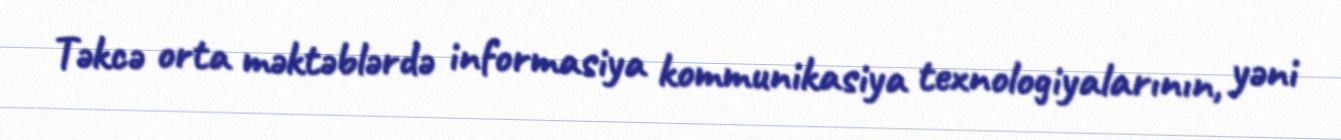
Təkcə orta məktəblərdə informasiya kommunikasiya texnologiyalarının, yəni